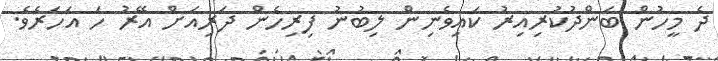
ދެ މީހުން ބަންދުކުރިއިރު ކައިވެނިން ލިބުނު ފިރިހެން ދަރިއަށް އޭރު ހަ އަހަރެވެ.